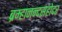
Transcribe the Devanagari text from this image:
ब्रम्हानन्दसहोदर